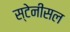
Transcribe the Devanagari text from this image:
स्टेनीसल